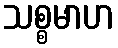
သစ္စမာဟ